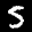
Label: 5